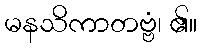
မနသိကာတဗ္ဗံ၊ ၏။